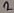
Text: 2